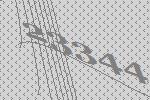
23344